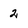
Character: 2